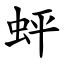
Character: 蚲